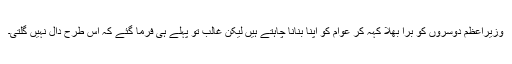
وزیراعظم دوسروں کو برا بھلا کہہ کر عوام کو اپنا بنانا چاہتے ہیں لیکن غالب تو پہلے ہی فرما گئے کہ اس طرح دال نہیں گلتی۔